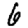
Digit: 6